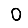
Digit: 0